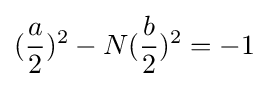
({\frac {a}{2}})^{2}-N({\frac {b}{2}})^{2}=-1